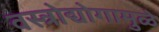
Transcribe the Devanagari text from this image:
वस्त्रोद्योगामुळे